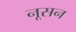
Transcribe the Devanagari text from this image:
नूसन